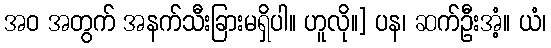
အဝ အတွက် အနက်သီးခြားမရှိပါ။ ဟူလို။] ပန၊ ဆက်ဦးအံ့။ ယံ၊